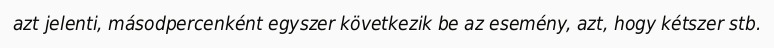
azt jelenti, másodpercenként egyszer következik be az esemény, azt, hogy kétszer stb.